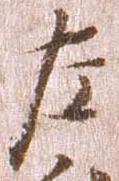
左